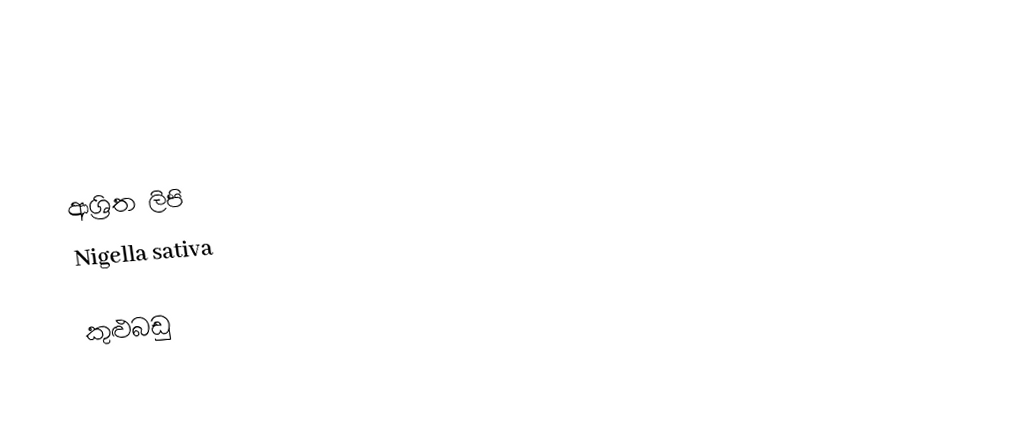

ආශ්‍රිත ලිපි
 Nigella sativa

කුළුබඩු